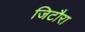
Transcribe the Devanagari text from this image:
जिटौरा